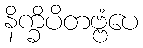
နိက္ခိပိတဗ္ဗံပေ